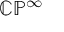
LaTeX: \mathbb { C P } ^ { \infty }